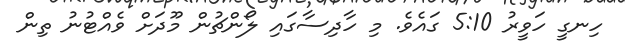
ހިނގީ ހަވީރު 5:10 ގައެވެ. މި ހާދިސާގައި ލޯންޗުން މޫދަށް ވެއްޓުނު ތިން